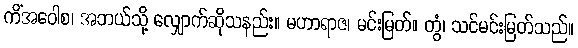
ကိံအဝေါစ၊ အဘယ်သို့ လျှောက်ဆိုသနည်း။ မဟာရာဇ၊ မင်းမြတ်။ တွံ၊ သင်မင်းမြတ်သည်။